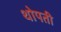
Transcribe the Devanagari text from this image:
थोपती